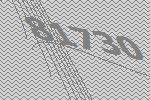
81730